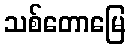
သစ်တောမြေ